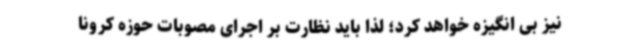
نیز بی انگیزه خواهد کرد؛ لذا باید نظارت بر اجرای مصوبات حوزه کرونا